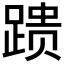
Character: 𰸞